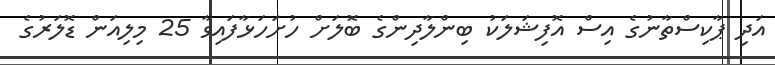
އަދި ޕާކިސްތާނުގެ އިސް އޮފިޝަލަކު ބިންލާދިންގެ ބޮލަށް ހުށަހަޅާފައިވާ 25 މިލިއަން ޑޮލަރުގެ